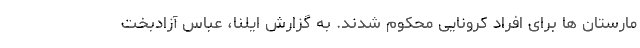
مارستان ها برای افراد کرونایی محکوم شدند. به گزارش ایلنا، عباس آزادبخت